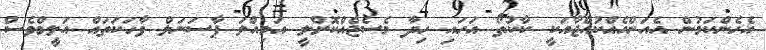
އެހެންކަމުން އެއަންހެއްކުއްޖާއަކީ ކާކުތޯ އަހައި ހިދާ މެސެޖެއްކޮށްލީ އަމިއްލަ ޕާސަނަލް ވާހަކަތައް އަލީމްވެސް